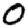
Digit: 0